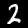
Digit: 2